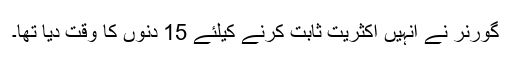
گورنر نے انہیں اکثریت ثابت کرنے کیلئے 15 دنوں کا وقت دیا تھا۔